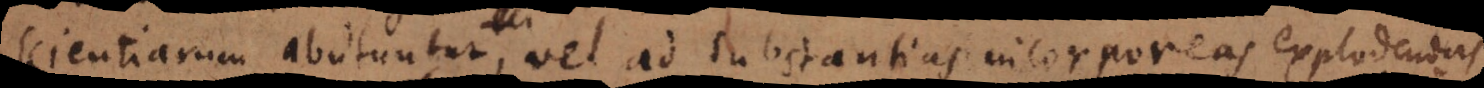
scientiarum abutuntur, vel ad substantias incorporeas plane